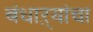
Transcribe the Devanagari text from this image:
बंधाऱ्यांचा